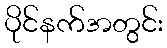
ပိုင်နက်အတွင်း